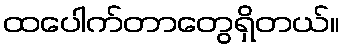
ထပေါက်တာတွေရှိတယ်။